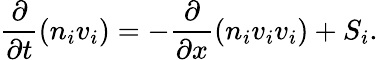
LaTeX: \frac{\partial}{\partial t}(n_{i}v_{i})=-\frac{\partial}{\partial x}(n_{i}v_{i}v_{i})+S_{i}.